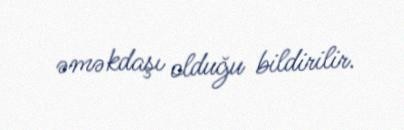
əməkdaşı olduğu bildirilir.